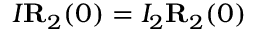
I { \bf R } _ { 2 } ( 0 ) = I _ { 2 } { \bf R } _ { 2 } ( 0 )